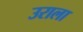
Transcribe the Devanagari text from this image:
उराला